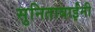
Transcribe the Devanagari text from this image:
सुनिताबाईंनी